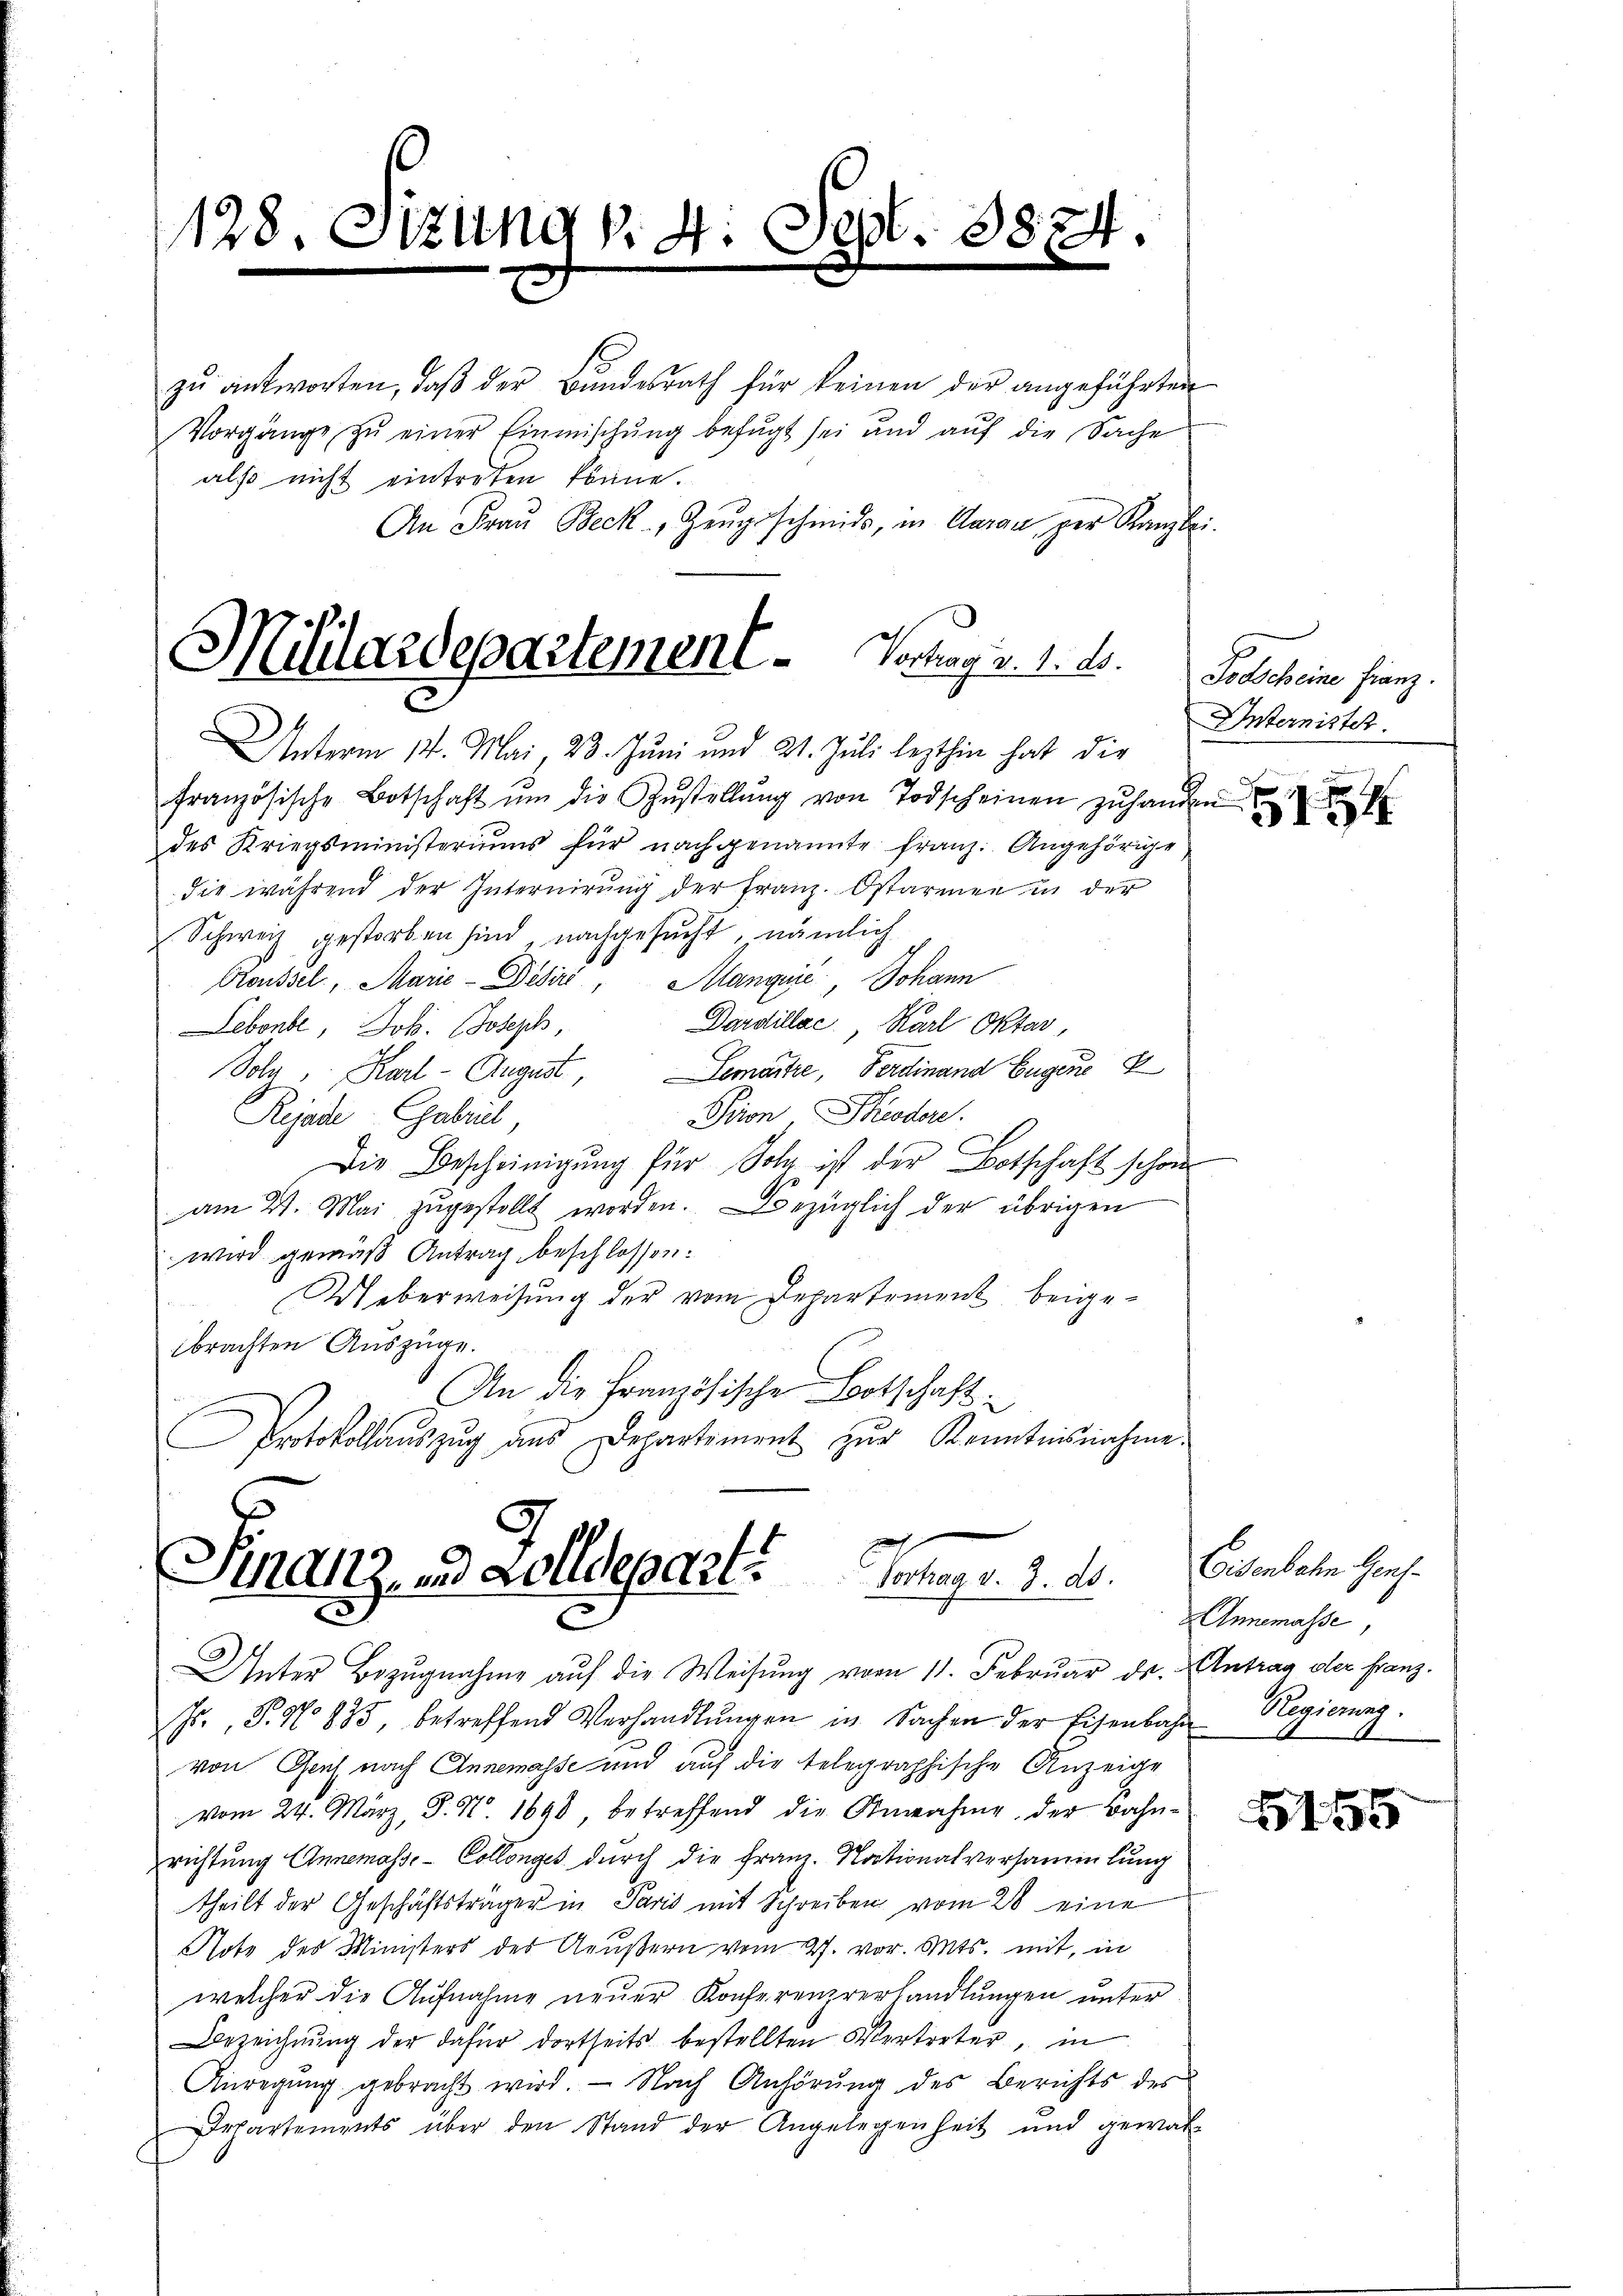
128. Stzung d. 4. Sept. 8874.

zŭ antworten, daβ der Bŭndesrath für keinen der angeführten
als nicht eintreten könne.
An Fraŭ Beck, Zeŭgsschmids, in Garan per Kanzlei-

Militärdepartement. Vortrag v. 1. ds.
d

Unterm 14. Mai, 23. Juni und 21. Juli lezthin hat die
französische Botschaft ŭm die Zŭstellŭng von Todscheinen zŭ handen
des Kriegsministeriums für nachgenannte franz. Angehörige
die während der Internierŭng der Franz. Ostarmen in der
Schweiz gestorben sind, nachgesucht, nämlich
Koussel, Marie-Disiri, Manquić, Johann
Dardillac, Karl Oktar,
Lebende, Joh. Joseph
Solz, Karl August, Gemarke, Ferdinand Eugene
Prion, Theoder
Rejade Gabril,
Die Bescheinigŭng für Sohn ist der Botschaft schon
am 21. Mai zŭgestellt worden. Bezüglich der übrigen
wird gemäß Antrag beschlossen:
Ueberweisung der vom Departement beigebrachten Auszüge.
An die Französische Botschaft
Protokollaŭszŭg ans Departement zŭr Kenntnisnahme.

p
Finanz, und Kolldepart
Vortrag v. 3. ds.
c
Unter Bezugnahme auf die Weisung vom 11. Februar ds. Antrag der Franz.

Fr., P. No 835 betreffend Verhandlŭngen in Sachen der Eisenbahr Regierung.
von Geich nach Annemasse und auf die telegraphische Anzeige
vom 24. März, P. N. 1698 betreffend die Annahme der Bahn-
richtung Annemasse-Collonges durch die Franz. Nationalversammlung
theilt der Geschäftsträger in Paris mit Schreiben vom 28 eine
Note des Ministers des Aeußern vom 27. vor. Mts. mit, in
welcher die Aufnahme neuer Konferenzverhandlungen unter
Bezeichnung der dafür dortseits bestellten Vertreter, in
Anregŭng gebracht wird. Nach Anhörŭng des Berichts des
Departements über den Stand der Angelegenheit und gewal

Vorgänge zŭ einer Einmischung befugt sei und aŭf die Sache

Totscheine Franz.
Internister.
1

Eisenbahn Gens¬
Annemasse,

165